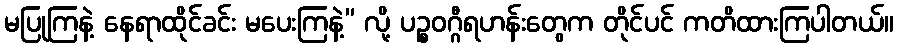
မပြုကြနဲ့ နေရာထိုင်ခင်း မပေးကြနဲ့” လို့ ပဉ္စဝဂ္ဂီရဟန်းတွေက တိုင်ပင် ကတိထားကြပါတယ်။